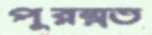
পুরম্নত